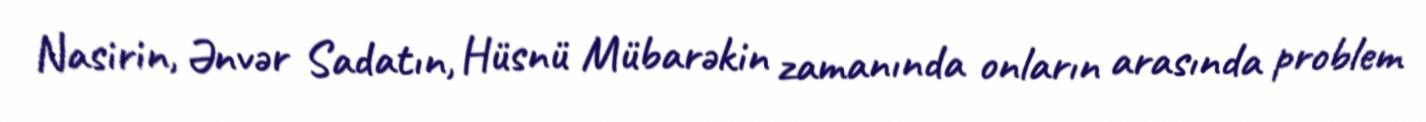
Nasirin, Ənvər Sadatın, Hüsnü Mübarəkin zamanında onların arasında problem